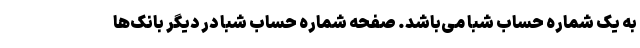
به یک شماره حساب شبا می‌باشد. صفحه شماره حساب شبا در دیگر بانک‌ها